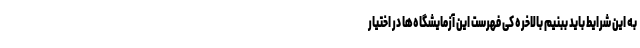
به این شرایط باید ببنیم بالاخره کی فهرست این آزمایشگاه‌ها در اختیار